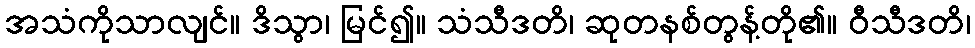
အသံကိုသာလျင်။ ဒိသွာ၊ မြင်၍။ သံသီဒတိ၊ ဆုတနစ်တွန့်တို၏။ ဝီသီဒတိ၊